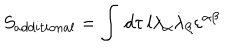
S _ { a d d i t i o n a l } = \int \, d \tau \, l \lambda _ { \alpha } \dot { \lambda } _ { \beta } \varepsilon ^ { \alpha \beta }